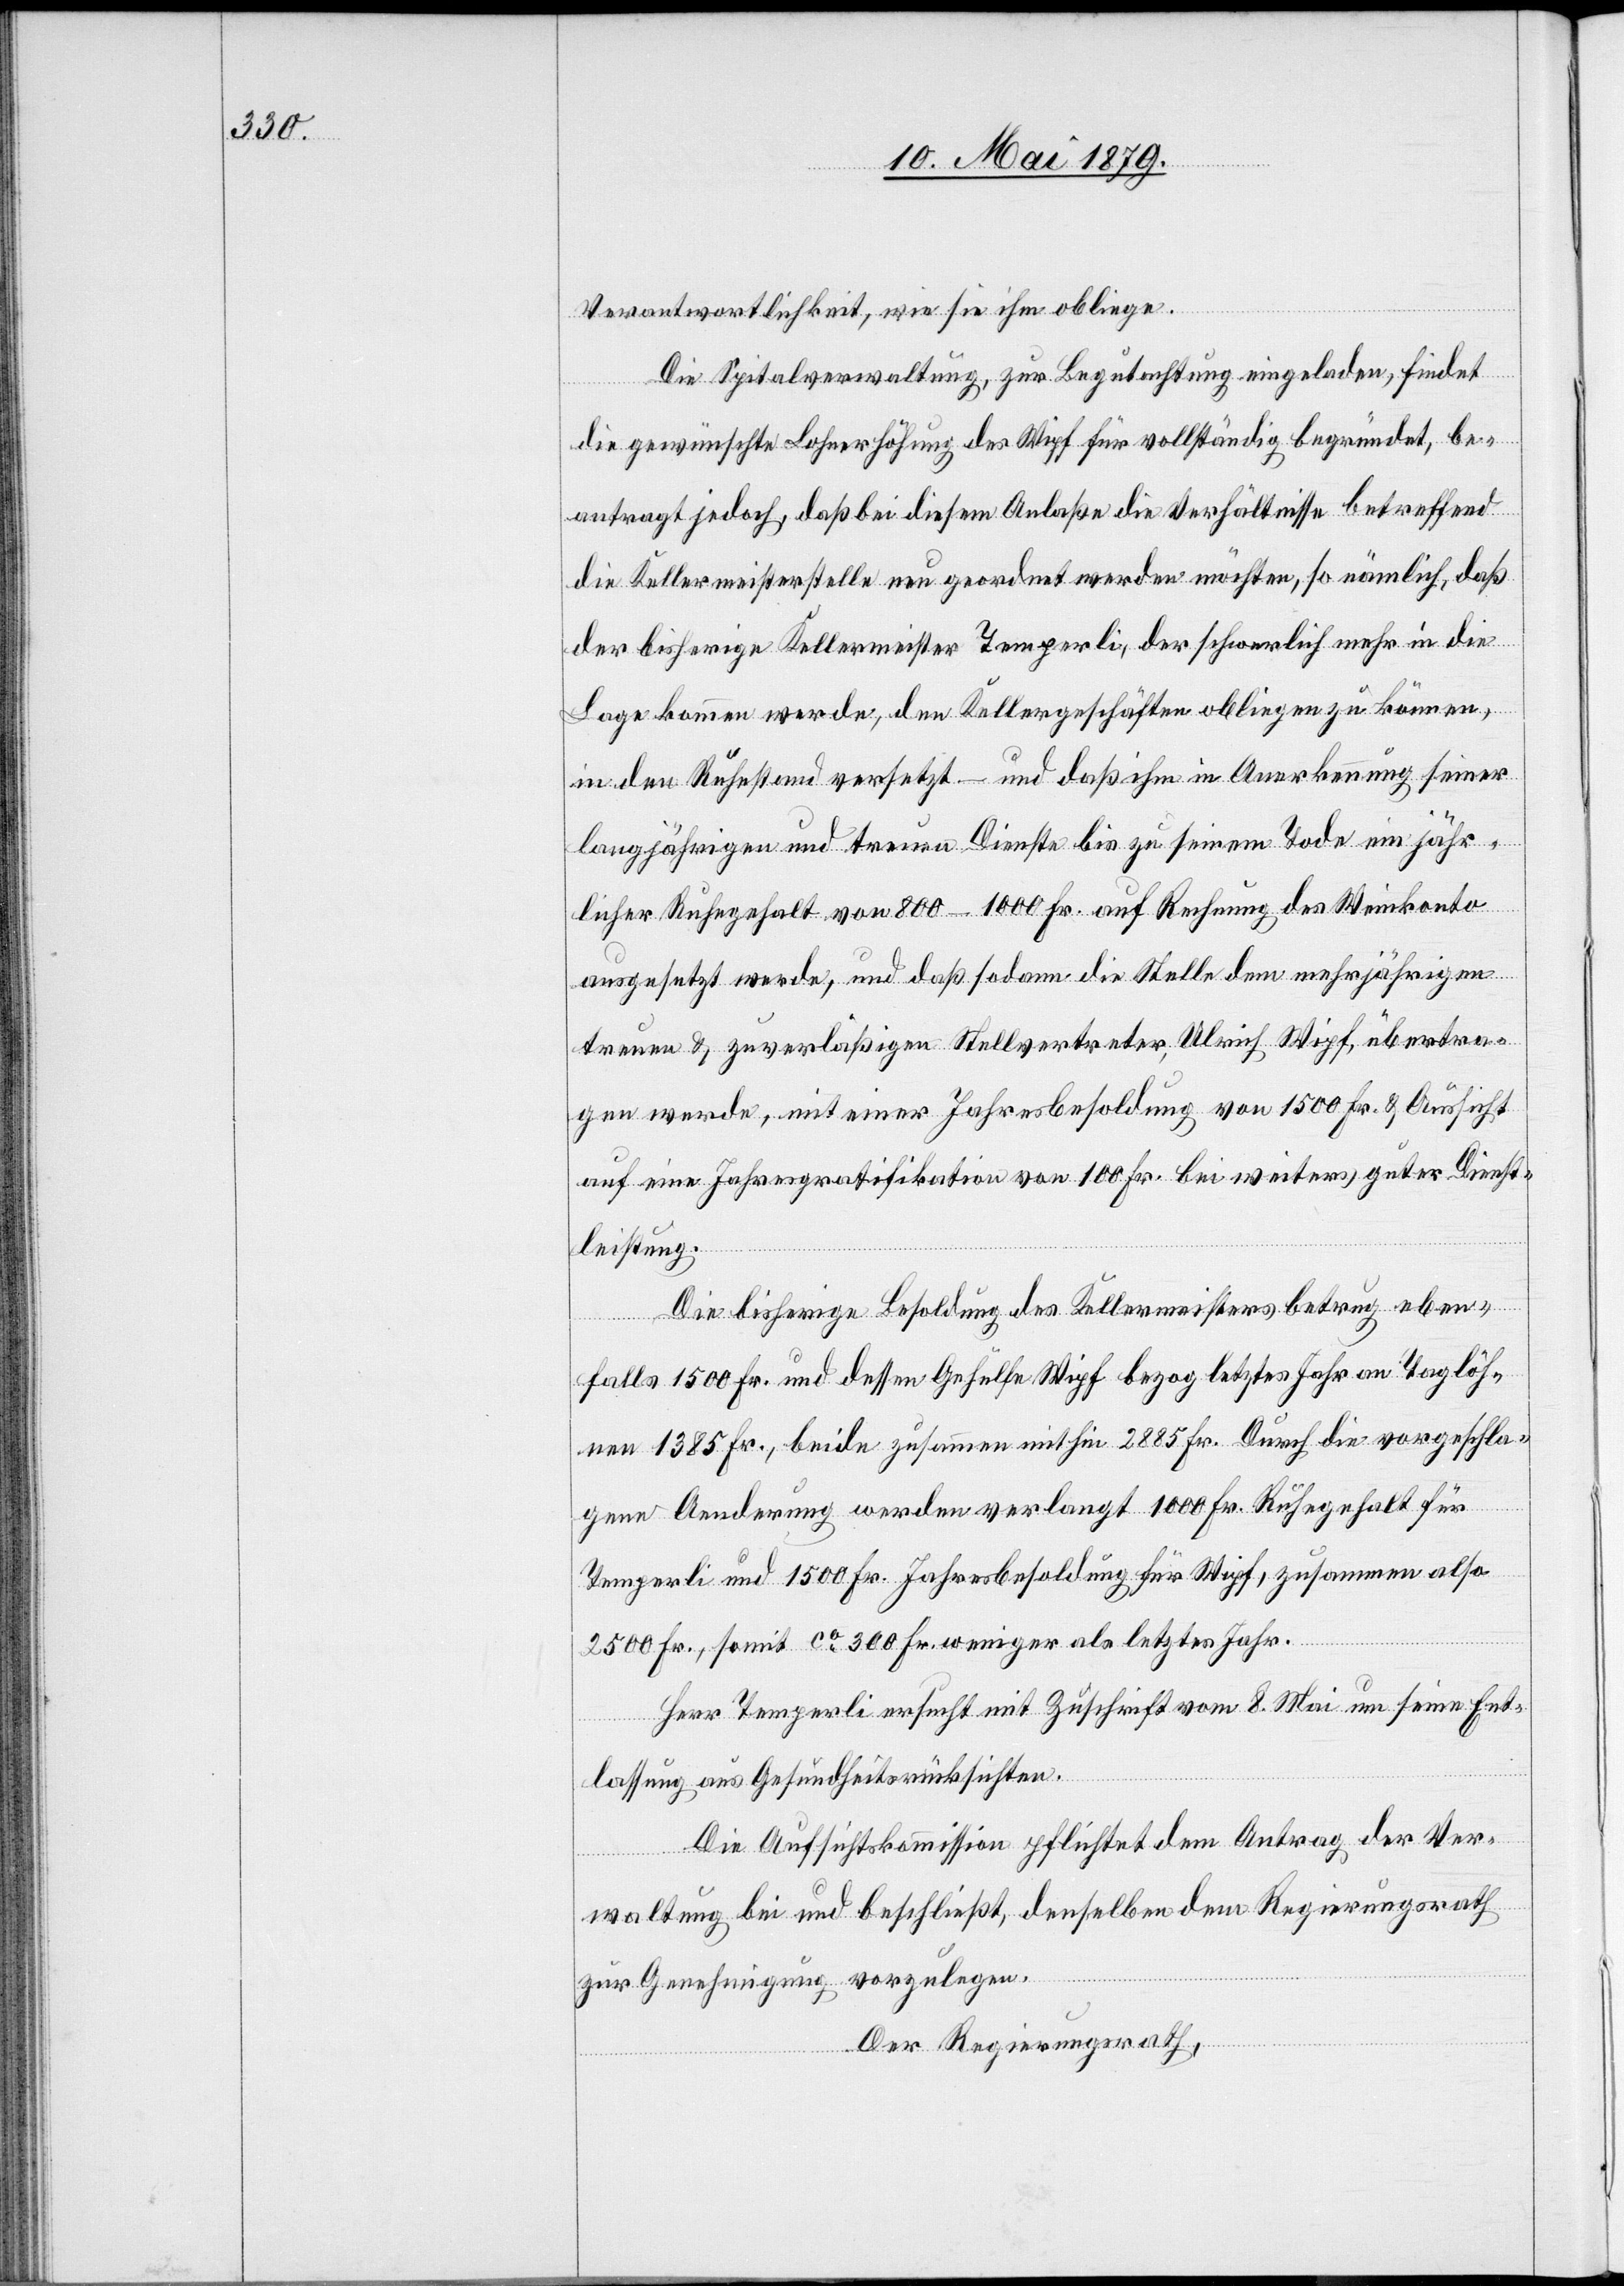
Verantwortlichkeit, wie sie ihm obliege.
Die Spitalverwaltung, zur Begutachtung eingeladen, findet
die gewünschte Lohnerhöhung des Wipf für vollständig begründet, be¬
antragt jedoch, daß bei diesem Anlaße die Verhältnisse betreffend
die Kellermeisterstelle neu geordnet werden möchten, so nämlich, daß
der bisherige Kellermeister Temperli, der schwerlich mehr in die
Lage kommen werde, den Kellergeschäften obliegen zu können,
in den Ruhestand versetzt – und daß ihm in Anerkennung seiner
langjährigen und treuen Dienste bis zu seinem Tode ein jähr¬
licher Ruhegehalt von 800–1000 Fr. auf Rechnung des Weinkonto
ausgesetzt werde, und daß sodann die Stelle dem mehrjährigen
treuen & zuverläßigen Stellvertreter, Ulrich Wipf, übertra¬
gen werde, mit einer Jahresbesoldung von 1500 Fr. & Aussicht
auf eine Jahresgratifikation von 100 Fr. bei weiters guter Dienst¬
leistung.
Die bisherige Besoldung des Kellermeisters betrug eben¬
falls 1500 Fr. und dessen Gehülfe Wipf bezog letztes Jahr an Taglöh¬
nen 1385 Fr., beide zusammen mithin 2885 Fr. Durch die vorgeschla¬
gene Aenderung werden verlangt 1000 Fr. Ruhegehalt für
Temperli und 1500 Fr. Jahresbesoldung für Wipf, zusammen also
2500 Fr., somit ca 300 Fr. weniger als letztes Jahr.
Herr Temperli ersucht mit Zuschrift vom 8. Mai um seine Ent¬
lassung aus Gesundheitsrücksichten.
Die Aufsichtskommission pflichtet dem Antrag der Ver¬
waltung bei und beschließt, denselben dem Regierungsrath
zur Genehmigung vorzulegen.
Der Regierungsrath,